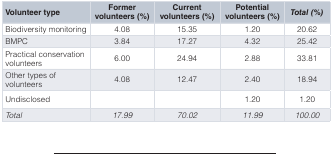
<table><thead><tr><td><b>Volunteer type</b></td><td><b>Formervolunteers (%)</b></td><td><b>Currentvolunteers (%)</b></td><td><b>Potentialvolunteers (%)</b></td><td><b><i>Total (%)</i></b></td></tr></thead><tbody><tr><td>Biodiversitymonitoring</td><td>4.08</td><td>15.35</td><td>1.20</td><td>20.62</td></tr><tr><td>BMPC</td><td>3.84</td><td>17.27</td><td>4.32</td><td>25.42</td></tr><tr><td>Practical conservationvolunteers</td><td>6.00</td><td>24.94</td><td>2.88</td><td>33.81</td></tr><tr><td>Other types ofvolunteers</td><td>4.08</td><td>12.47</td><td>2.40</td><td>18.94</td></tr><tr><td>Undisclosed</td><td></td><td></td><td>1.20</td><td>1.20</td></tr><tr><td><i>Total</i></td><td><i>17.99</i></td><td><i>70.02</i></td><td><i>11.99</i></td><td><i>100.00</i></td></tr></tbody></table>